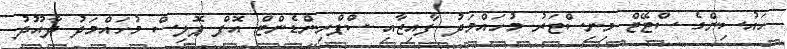
ހައުސިންގެ ސްޓޭޓް މިނިސްޓަރު މުހައްމަދު ފާއިޒާއި ސްޕްރިންޑެންޓް އޮފް ޕޮލިސް މުހައްމަދު ދާއޫދު